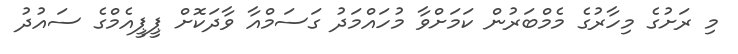
މި ރަށުގެ މިހާރުގެ މެމްބަރުން ކަމަށްވާ މުހައްމަދު ގަސަމްއާ ވާދަކޮށް ޕީޕީއެމްގެ ސައުދު